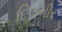
દિલગીર